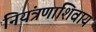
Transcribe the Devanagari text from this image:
नियंत्रणाशिवाय